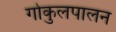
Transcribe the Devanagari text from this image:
गोकुलपालन